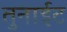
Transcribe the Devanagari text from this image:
तुनाईट